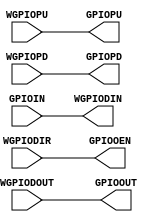

`timescale 1ns/1ps
`default_nettype none

module GPIO (
		// Wrapper ports
		output 	wire [15:0] WGPIODIN,
        input 	wire [15:0] WGPIODOUT,
        input 	wire [15:0] WGPIOPU,
        input 	wire [15:0] WGPIOPD,
        input 	wire [15:0] WGPIODIR,		
		// Externals
        input 	wire [15:0] GPIOIN,
        output 	wire [15:0] GPIOOUT,
        output 	wire [15:0] GPIOPU,
        output 	wire [15:0] GPIOPD,
        output 	wire [15:0] GPIOOEN		
);
		assign GPIOOEN 	= WGPIODIR;
		assign GPIOPU 	= WGPIOPU;
		assign GPIOPD 	= WGPIOPD;
		assign GPIOOUT	= WGPIODOUT;
		assign WGPIODIN = GPIOIN;
endmodule